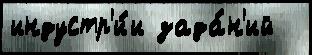
индустр'и́и зада́н'ий